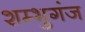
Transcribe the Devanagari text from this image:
शम्भुगंज